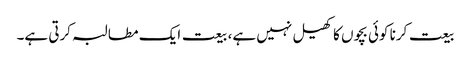
بیعت کرنا کوئی بچوں کا کھیل نہیں ہے، بیعت ایک مطالبہ کرتی ہے۔